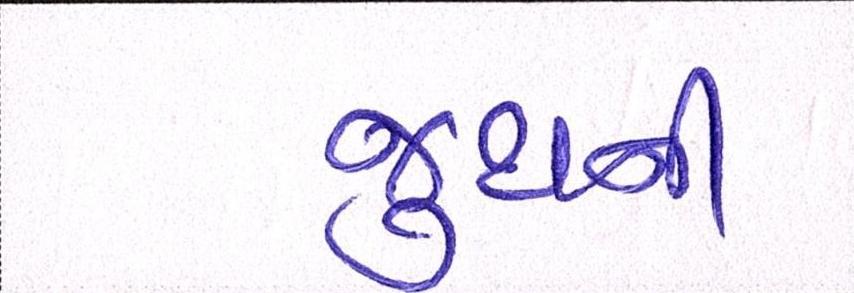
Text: જુથની